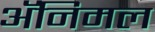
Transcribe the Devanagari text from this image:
अॅनिमल